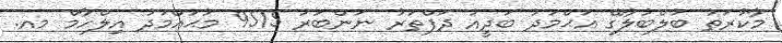
މާކުރަތު ބުލްބުލާގޭ އަޙްމަދު ބަދީއު ދަފްތަރު ނަންބަރު 9515 މުޙައްމަދު އިލްހާމް މއ.